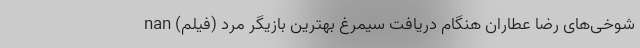
شوخی‌های رضا عطاران هنگام دریافت سیمرغ بهترین بازیگر مرد (فیلم) nan